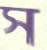
স